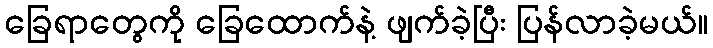
ခြေရာတွေကို ခြေထောက်နဲ့ ဖျက်ခဲ့ပြီး ပြန်လာခဲ့မယ်။